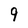
Character: 9